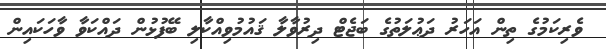
ވެރިކަމުގެ ތިން އަހަރު ދަޢުލަތުގެ ބަޖެޓް ދިރުވާލާ ޤައުމުވިއްކާލި ބޭފުޅުން ދައްކަވާ ވާހަކައިން